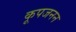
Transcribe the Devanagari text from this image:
कूपजनन